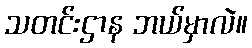
သတင်းဌာန ဘယ်မှာလဲ။